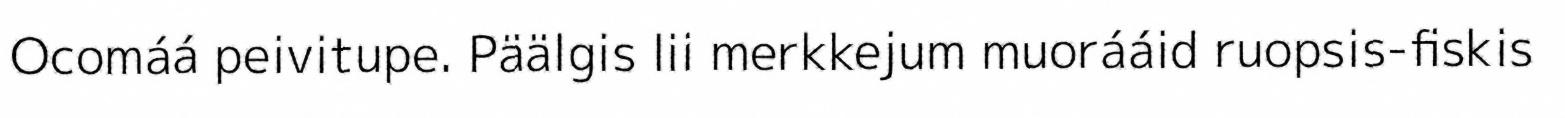
Ocomáá peivitupe. Päälgis lii merkkejum muorááid ruopsis-fiskis